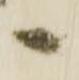
へ